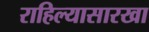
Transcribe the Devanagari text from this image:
राहिल्यासारखा